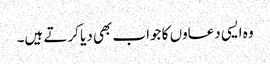
وہ ایسی دعاوں کا جواب بھی دیا کرتے ہیں۔